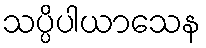
သပ္ပိပါယာသေန